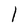
Character: 1